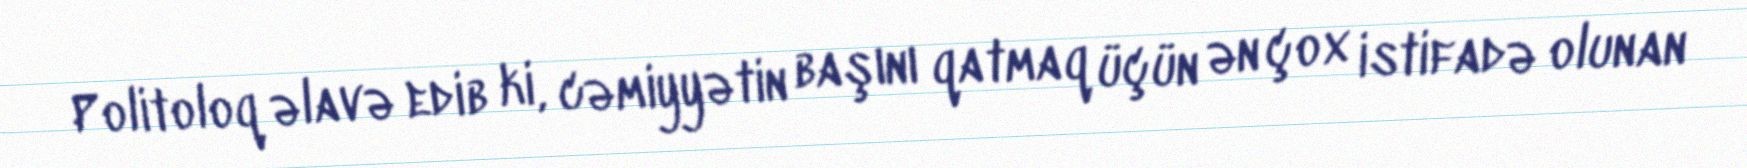
Politoloq əlavə edib ki, cəmiyyətin başını qatmaq üçün ən çox istifadə olunan